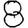
Digit: 8